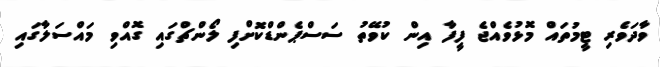
ވާދަވެރި ޓީމުތައް މޮޅުވެއްޖެ ފީފާ އިން ކުވޭތު ސަސްޕެންޑްކޮށްފި ލޯންޗްގައި ގޮއްވި މައްސަލާގައި